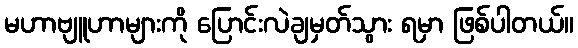
မဟာဗျူဟာများကို ပြောင်းလဲချမှတ်သွား ရမှာ ဖြစ်ပါတယ်။